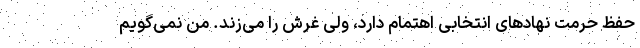
حفظ حرمت نهادهای انتخابی اهتمام دارد، ولی غرش را می‌زند. من نمی‌گویم